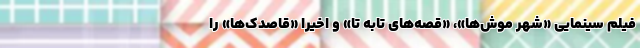
فیلم سینمایی «شهر موش‌ها»، «قصه‌های تابه تا» و اخیرا «قاصدک‌ها» را